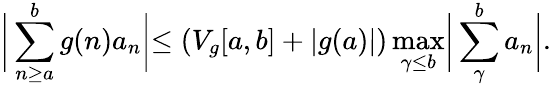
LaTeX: \biggr|\sum_{n\geq a}^{b}g(n)a_{n}\biggl|\leq(V_{g}[a,b]+|g(a)|)\operatorname*{max}_{\gamma\leq b}\biggr|\sum_{\gamma}^{b}a_{n}\biggl|.